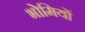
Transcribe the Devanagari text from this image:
भोमियों